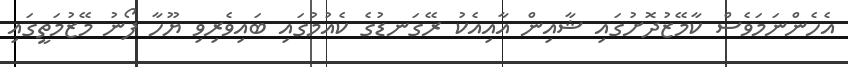
އެހެންނަމަވެސް ކާމޭޒުދޮށުގައި ޝާއިން އާއިއެކު ރޭގަނޑުގެ ކެއުމުގައި ބައިވެރިވި ޔޫހާ ފޯނު މޭޒުމަތީގައި